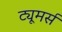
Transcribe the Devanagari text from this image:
ट्यूमर्स